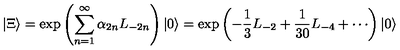
| \Xi \rangle = \exp \left( \sum _ { n = 1 } ^ { \infty } \alpha _ { 2 n } L _ { - 2 n } \right) | 0 \rangle = \exp \left( - \frac { 1 } { 3 } L _ { - 2 } + \frac { 1 } { 3 0 } L _ { - 4 } + \cdots \right) | 0 \rangle